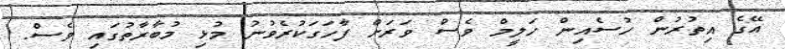
އޭގެ އިތުރުން ހުސެއިން ހަލީމް ވެސް ވަރަށް ފާހަގަކުރެވުނު މުޅި މުބާރާތުގައި ވެސް.